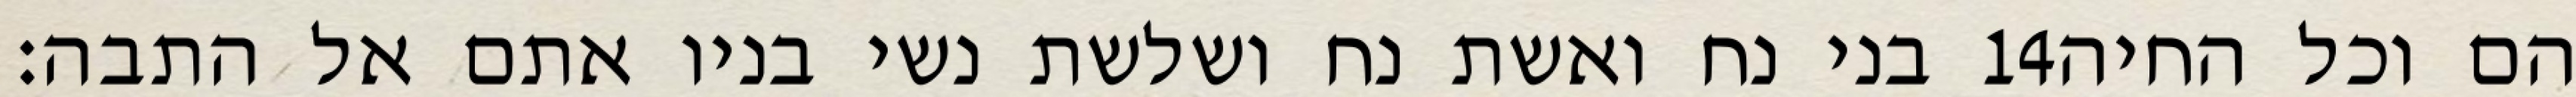
בני נח ואשת נח ושלשת נשי בניו אתם אל התבה׃ ‎14‏ הם וכל החיה